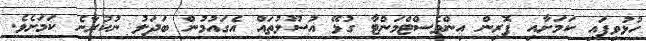
ހުޅުވިފައި ކަމަށާއި ފޮރިން އިންވެސްޓްމަންޓާ ގުޅޭ އުސޫލުތައް އެގައުމުން ބަދަލު ނުކުރާނެ ކަމަށެވެ.